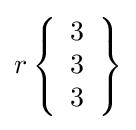
r\left\{{\begin{array}{l}3\\3\\3\end{array}}\right\}